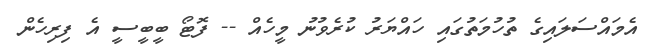
އެމައްސަަލައިގެ ތުހުމަތުގައި ހައްޔަރު ކުރެވުނު މީހެއް -- ފޮޓޯ ބީބީސީ އެ ފިރިހެން